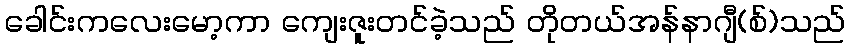
ခေါင်းကလေးမော့ကာ ကျေးဇူးတင်ခဲ့သည် တိုတယ်အန်နာဂျီ(စ်)သည်